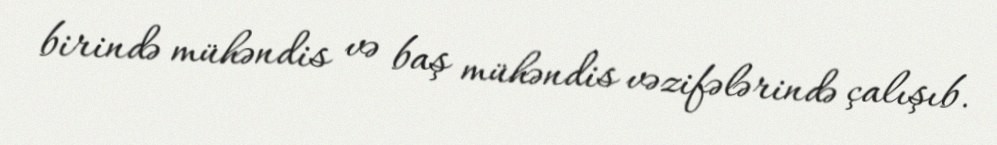
birində mühəndis və baş mühəndis vəzifələrində çalışıb.